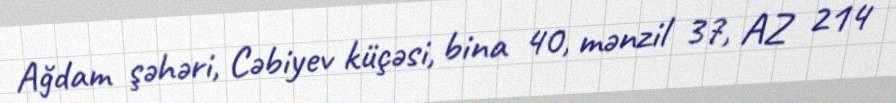
Ağdam şəhəri, Cəbiyev küçəsi, bina 40, mənzil 37, AZ 214